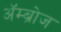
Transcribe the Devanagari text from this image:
अॅम्ब्रोज